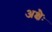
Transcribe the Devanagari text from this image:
अक्षैः